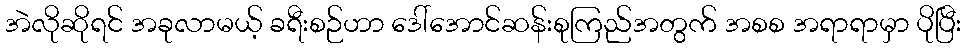
အဲလိုဆိုရင် အခုလာမယ့် ခရီးစဉ်ဟာ ဒေါ်အောင်ဆန်းစုကြည်အတွက် အစစ အရာရာမှာ ပိုပြီး